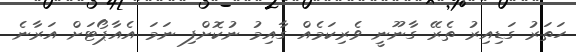
ހަތަރު ގަޑިއިރު ތެރޭ ގާނޫނީ ވެރިކަމެއް ގާއިމު ނުކޮށްފި ނަމަ އެއާޕޯޓަށް އަރާނެ